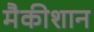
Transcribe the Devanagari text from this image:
मैकीशान